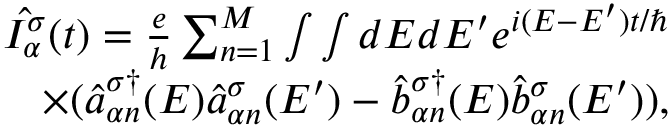
\begin{array} { r } { \hat { I _ { \alpha } ^ { \sigma } } ( t ) = \frac { e } { h } \sum _ { n = 1 } ^ { M } \int \int d E d E ^ { \prime } e ^ { i ( E - E ^ { \prime } ) t / \hbar } } \\ { \times ( \hat { a } _ { \alpha n } ^ { \sigma \dagger } ( E ) \hat { a } _ { \alpha n } ^ { \sigma } ( E ^ { \prime } ) - \hat { b } _ { \alpha n } ^ { \sigma \dagger } ( E ) \hat { b } _ { \alpha n } ^ { \sigma } ( E ^ { \prime } ) ) , } \end{array}